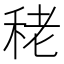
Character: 𥞠